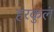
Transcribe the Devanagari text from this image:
हरकुलं